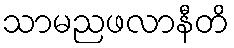
သာမညဖလာနီတိ